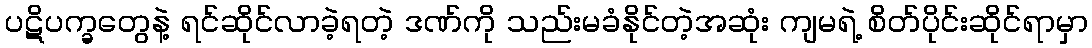
ပဋိပက္ခတွေနဲ့ ရင်ဆိုင်လာခဲ့ရတဲ့ ဒဏ်ကို သည်းမခံနိုင်တဲ့အဆုံး ကျမရဲ့ စိတ်ပိုင်းဆိုင်ရာမှာ